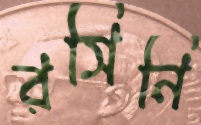
রসিনি